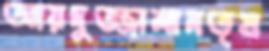
আরদুজ্জামানতৃষ